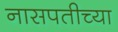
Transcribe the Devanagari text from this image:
नासपतीच्या